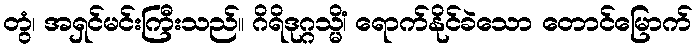
တွံ၊ အရှင်မင်းကြီးသည်။ ဂိရိဒုဂ္ဂသ္မိံ၊ ရောက်နိုင်ခဲသော တောင်မြောက်